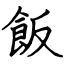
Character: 飯